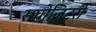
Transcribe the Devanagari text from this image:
सपोजिटरी